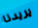
يريدنا